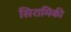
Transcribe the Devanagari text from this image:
सिरामिकी